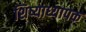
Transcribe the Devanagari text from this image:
शिष्याध्यापक